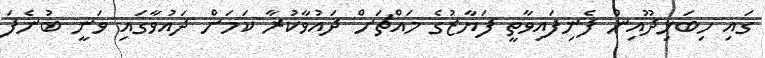
ގައި ހިބަޅިދޫއިން ފެނިފައިވާތީ ފަޔާޒުގެ މައްޗަށް ދައުވާކުރާ ކަމަށް ދައުވާގައި ވަނީ ބުނެފަ